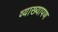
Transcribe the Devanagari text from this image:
व्याख्यापण